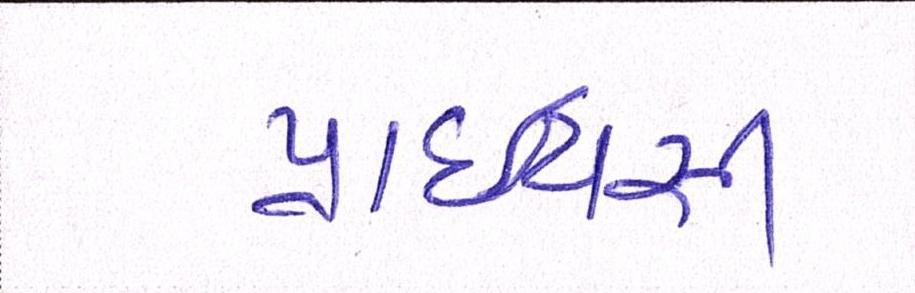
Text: પ્રાઈવસી